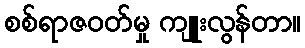
စစ်ရာဇဝတ်မှု ကျူးလွန်တာ။